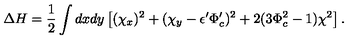
\Delta H = \frac { 1 } { 2 } \int d x d y \left[ ( \chi _ { x } ) ^ { 2 } + ( \chi _ { y } - \epsilon ^ { \prime } \Phi _ { c } ^ { \prime } ) ^ { 2 } + 2 ( 3 \Phi _ { c } ^ { 2 } - 1 ) \chi ^ { 2 } \right] .